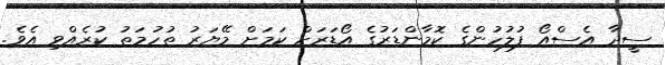
ސީދާ އެސްއޯ ފުލުހުންގެ ކޮމާންޑަރުގެ އޯޑަރަށް ކަމަށް މޭޔަރު ތުހުމަތު ކުރެއްވި އެވެ.